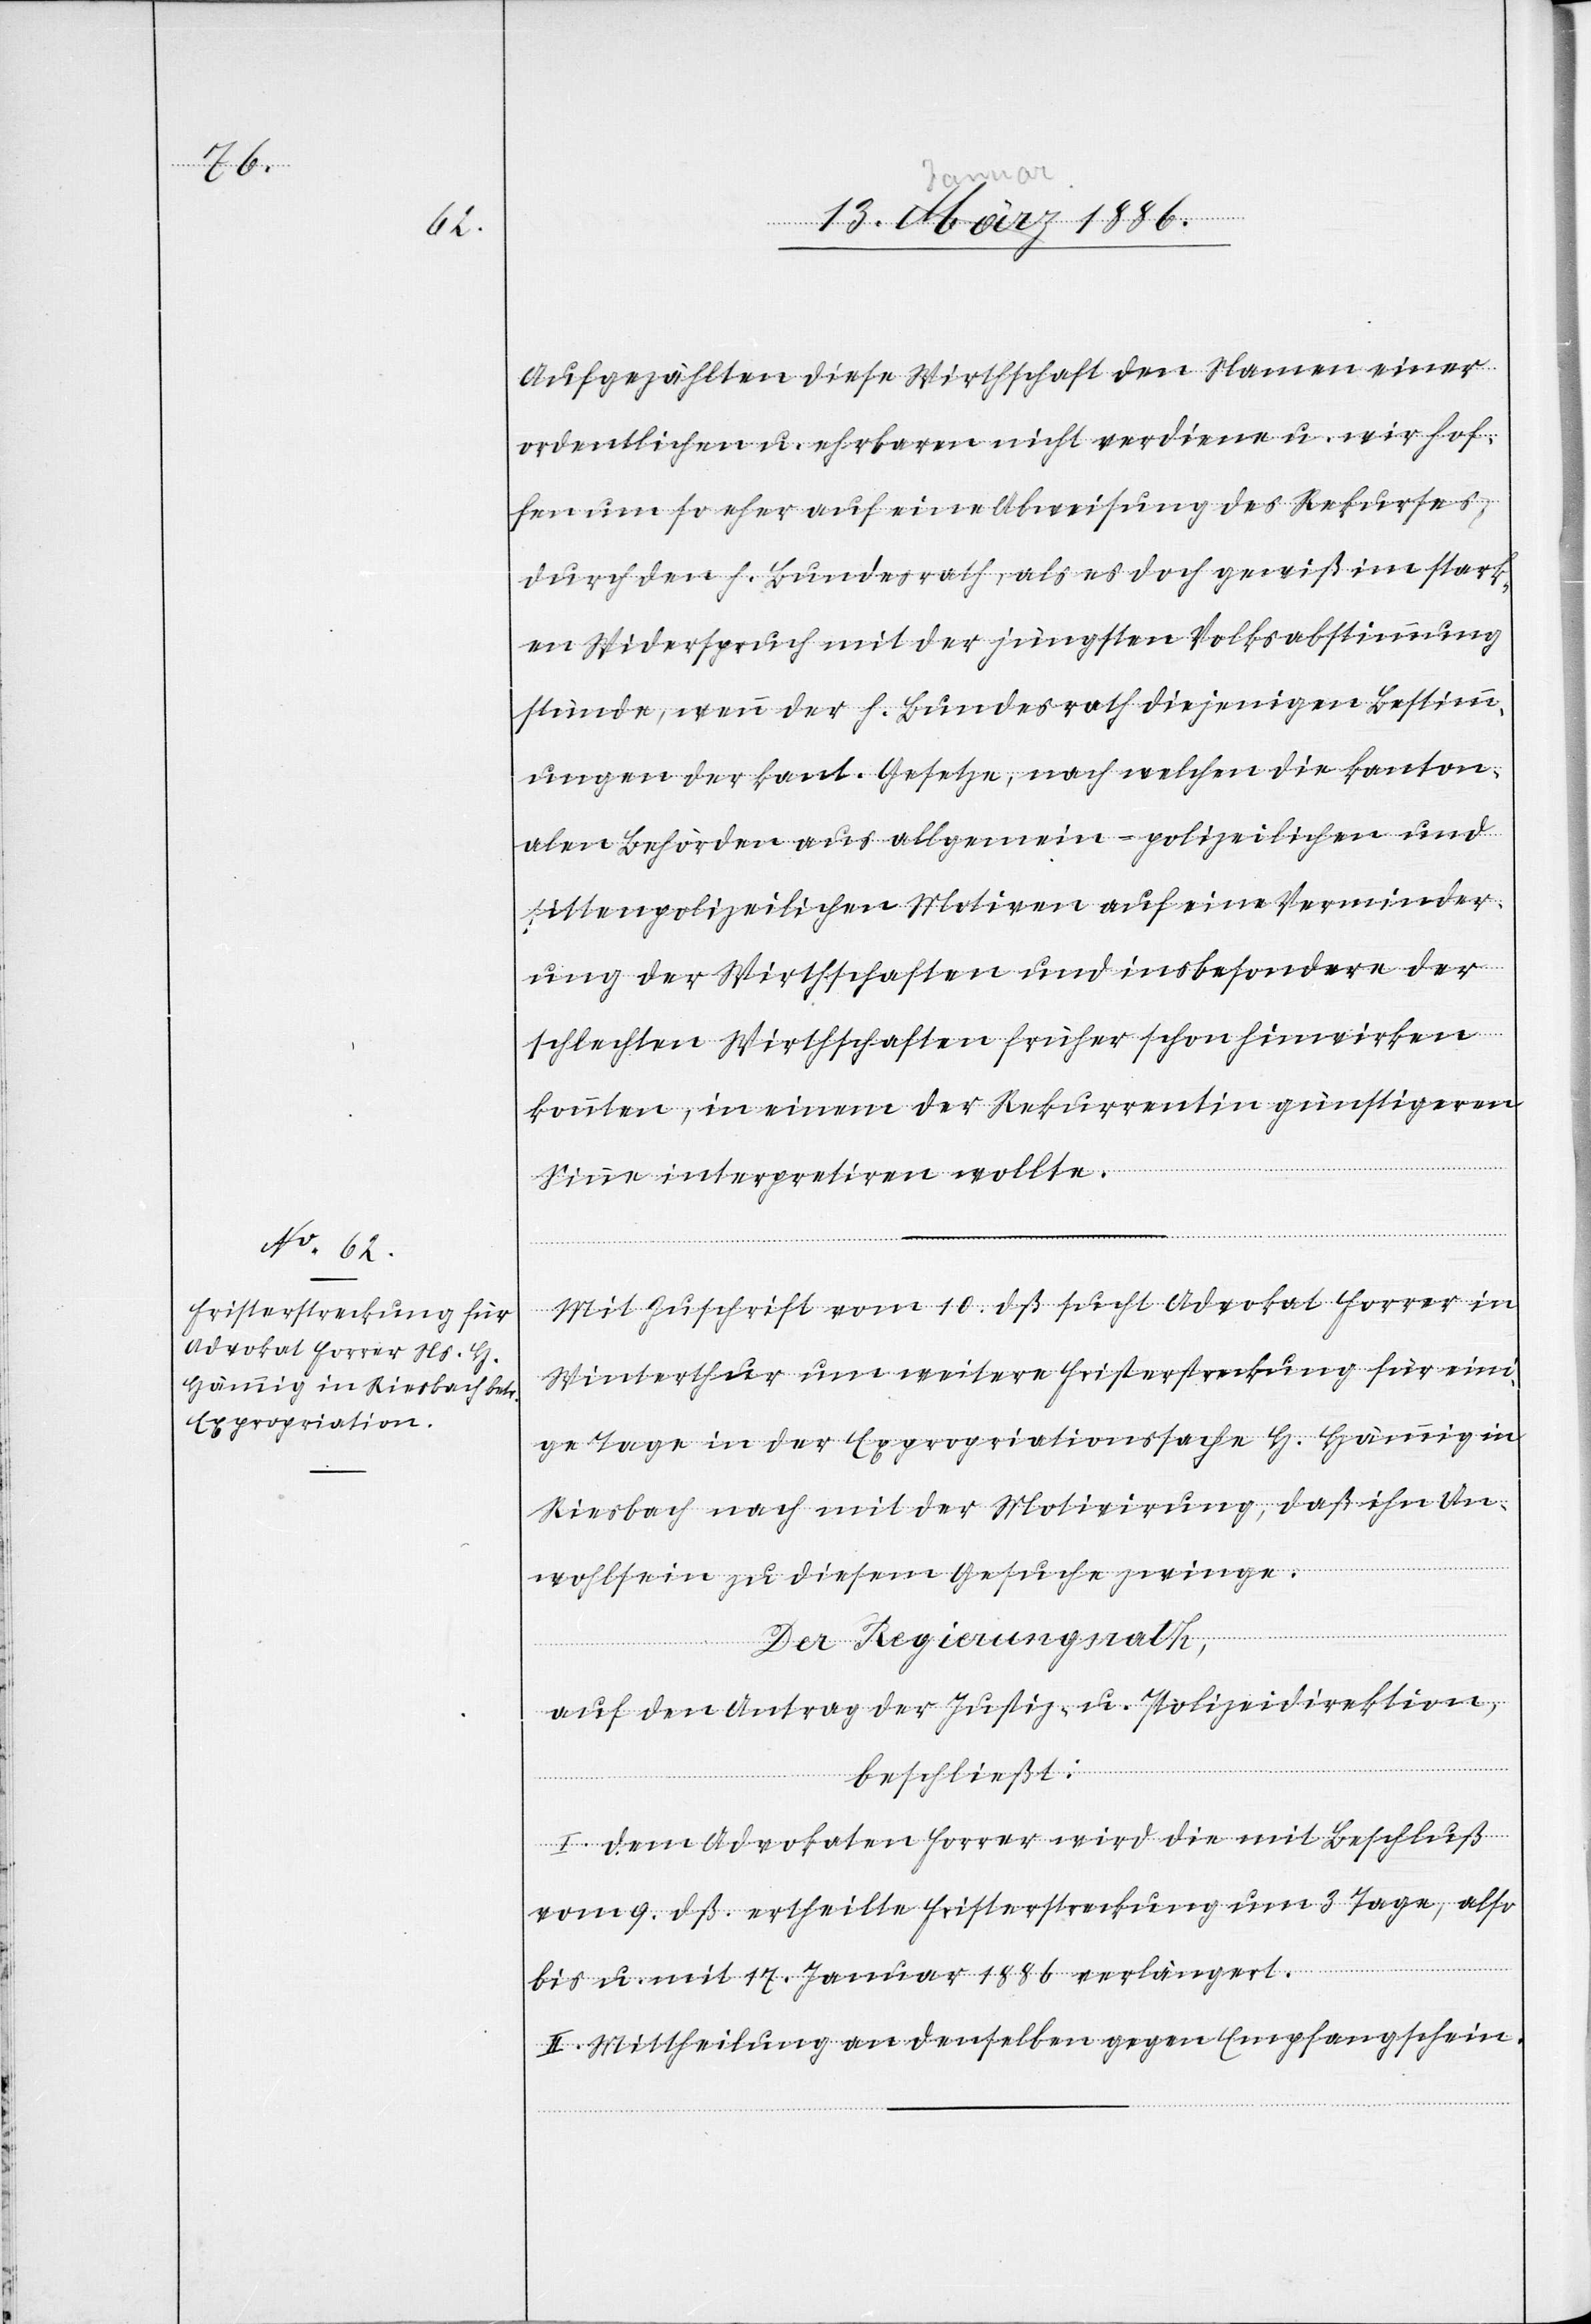
Aufgezählten diese Wirthschaft den Namen einer
ordentlichen u. ehrbaren nicht verdiene u. wir hof¬
fen um so eher auf eine Abweisung des Rekurses
durch den h. Bundesrath, als es doch gewiß im stark¬
en Widerspruch mit der jüngsten Volksabstimmung
stünde, wenn der h. Bundesrath diejenigen Bestimm¬
ungen der kant. Gesetzte, nach welchen die kanton¬
alen Behörden den aus allgemein-polizeilichen und
sittenpolizeilichen Motiven auf eine Verminder¬
ung der Wirthschaften und insbesondere der
schlechten Wirtschaften früher schon hinwirken
konnten, in einem der Rekurrentin günstigeren
Sinne interpretieren wollte.
Mit Zuschrift vom 10. dß. sucht Advokat Forrer in
Winterthur um weitere Fristerstreckung für eini¬
ge Tage in der Expropriationssache H. Hämig in
Riesbach nach mit der Motivirung, daß ihn Un¬
wohlsein zu diesem Gesuche zwinge.
Der Regierungsrath,
auf den Antrag der Justiz- u. Polizeidirektion,
beschließt:
I. Dem Advokaten Forrer wird die mit Beschluß
vom 9. dß. ertheilten Fristerstreckung um 3 Tage, also
bis u. mit 17. Januar 1886 verlängert.
II. Mittheilung an denselben gegen Empfangschein.